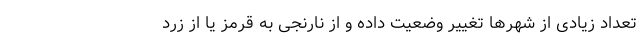
تعداد زیادی از شهرها تغییر وضعیت داده و از نارنجی به قرمز یا از زرد